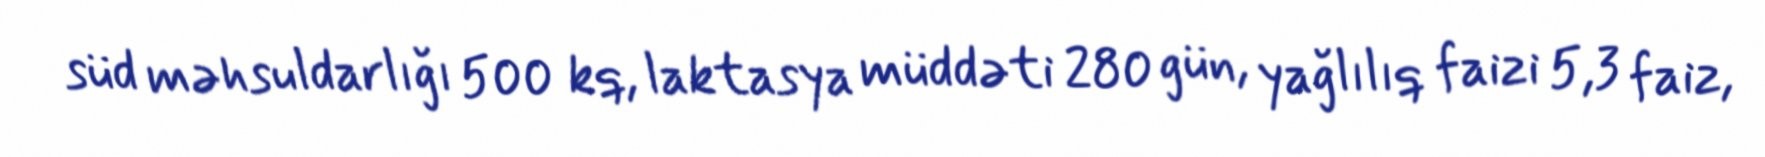
süd məhsuldarlığı 500 kq, laktasya müddəti 280 gün, yağlılıq faizi 5,3 faiz,